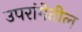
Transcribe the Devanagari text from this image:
उपरांगेतील